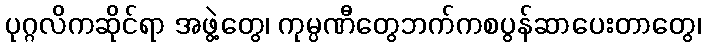
ပုဂ္ဂလိကဆိုင်ရာ အဖွဲ့တွေ၊ ကုမ္ပဏီတွေဘက်ကစပွန်ဆာပေးတာတွေ၊